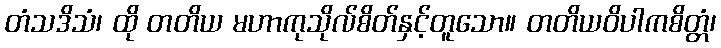
တံသဒိသံ၊ ထို တတိယ မဟာကုသိုလ်စိတ်နှင့်တူသော။ တတိယဝိပါကစိတ္တံ၊